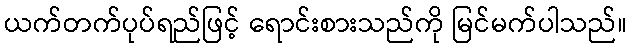
ယက်တက်ပုပ်ရည်ဖြင့် ရောင်းစားသည်ကို မြင်မက်ပါသည်။